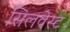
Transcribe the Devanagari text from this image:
सिलवेस्ट